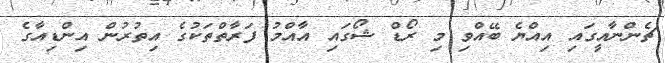
ޗެންނާއީގައި އިއްޔެ ބޭއްވި މި ރޯޑް ޝޯގައި އާއްމު ފަރާތްތަކުގެ އިތުރުން އިންޑިއާގެ